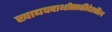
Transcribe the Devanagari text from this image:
खाद्यपदार्थासाठीदेखील